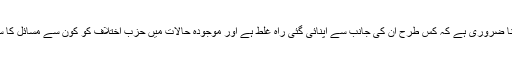
یہ سمجھنا ضروری ہے کہ کس طرح ان کی جانب سے اپنائی گئی راہ غلط ہے اور موجودہ حالات میں حزب اختلاف کو کون سے مسائل کا سامنا ہے۔